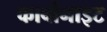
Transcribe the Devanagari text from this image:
कार्बोनाइट